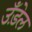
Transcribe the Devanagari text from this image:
उँड़ेल